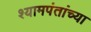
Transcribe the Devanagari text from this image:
श्यामपंतांच्या